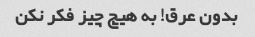
بدون عرق! به هیچ چیز فکر نکن